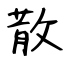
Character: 散